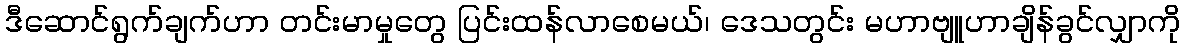
ဒီဆောင်ရွက်ချက်ဟာ တင်းမာမှုတွေ ပြင်းထန်လာစေမယ်၊ ဒေသတွင်း မဟာဗျူဟာချိန်ခွင်လျှာကို